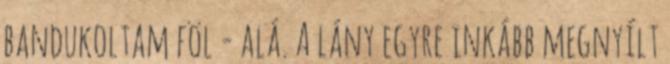
bandukoltam föl - alá. A lány egyre inkább megnyílt